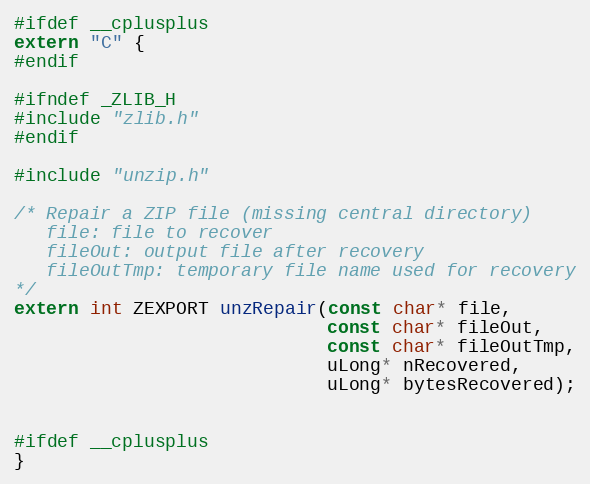
Language: C
#ifdef __cplusplus
extern "C" {
#endif

#ifndef _ZLIB_H
#include "zlib.h"
#endif

#include "unzip.h"

/* Repair a ZIP file (missing central directory)
   file: file to recover
   fileOut: output file after recovery
   fileOutTmp: temporary file name used for recovery
*/
extern int ZEXPORT unzRepair(const char* file,
                             const char* fileOut,
                             const char* fileOutTmp,
                             uLong* nRecovered,
                             uLong* bytesRecovered);

#ifdef __cplusplus
}